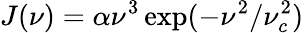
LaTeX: J(\nu)=\alpha\nu^{3}\exp(-\nu^{2}/\nu_{c}^{2})